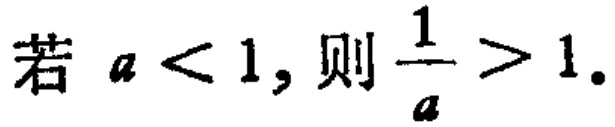
若 \(a < 1\)，则 \(\frac{1}{a} > 1\).